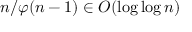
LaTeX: n / \varphi ( n - 1 ) \in O ( \log \log n )